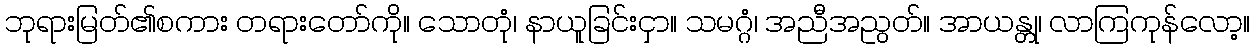
ဘုရားမြတ်၏စကား တရားတော်ကို။ သောတုံ၊ နာယူခြင်းငှာ။ သမဂ္ဂံ၊ အညီအညွတ်။ အာယန္တု၊ လာကြကုန်လော့။